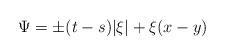
LaTeX: \begin{align*} \Psi = \pm (t-s)|\xi| + \xi(x-y) \end{align*}